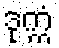
ဒုက္ကံ